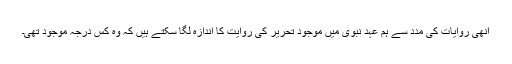
انھی روایات کی مدد سے ہم عہدِ نبوی میں موجود تحریر کی روایت کا اندازہ لگا سکتے ہیں کہ وہ کس درجہ موجود تھی۔